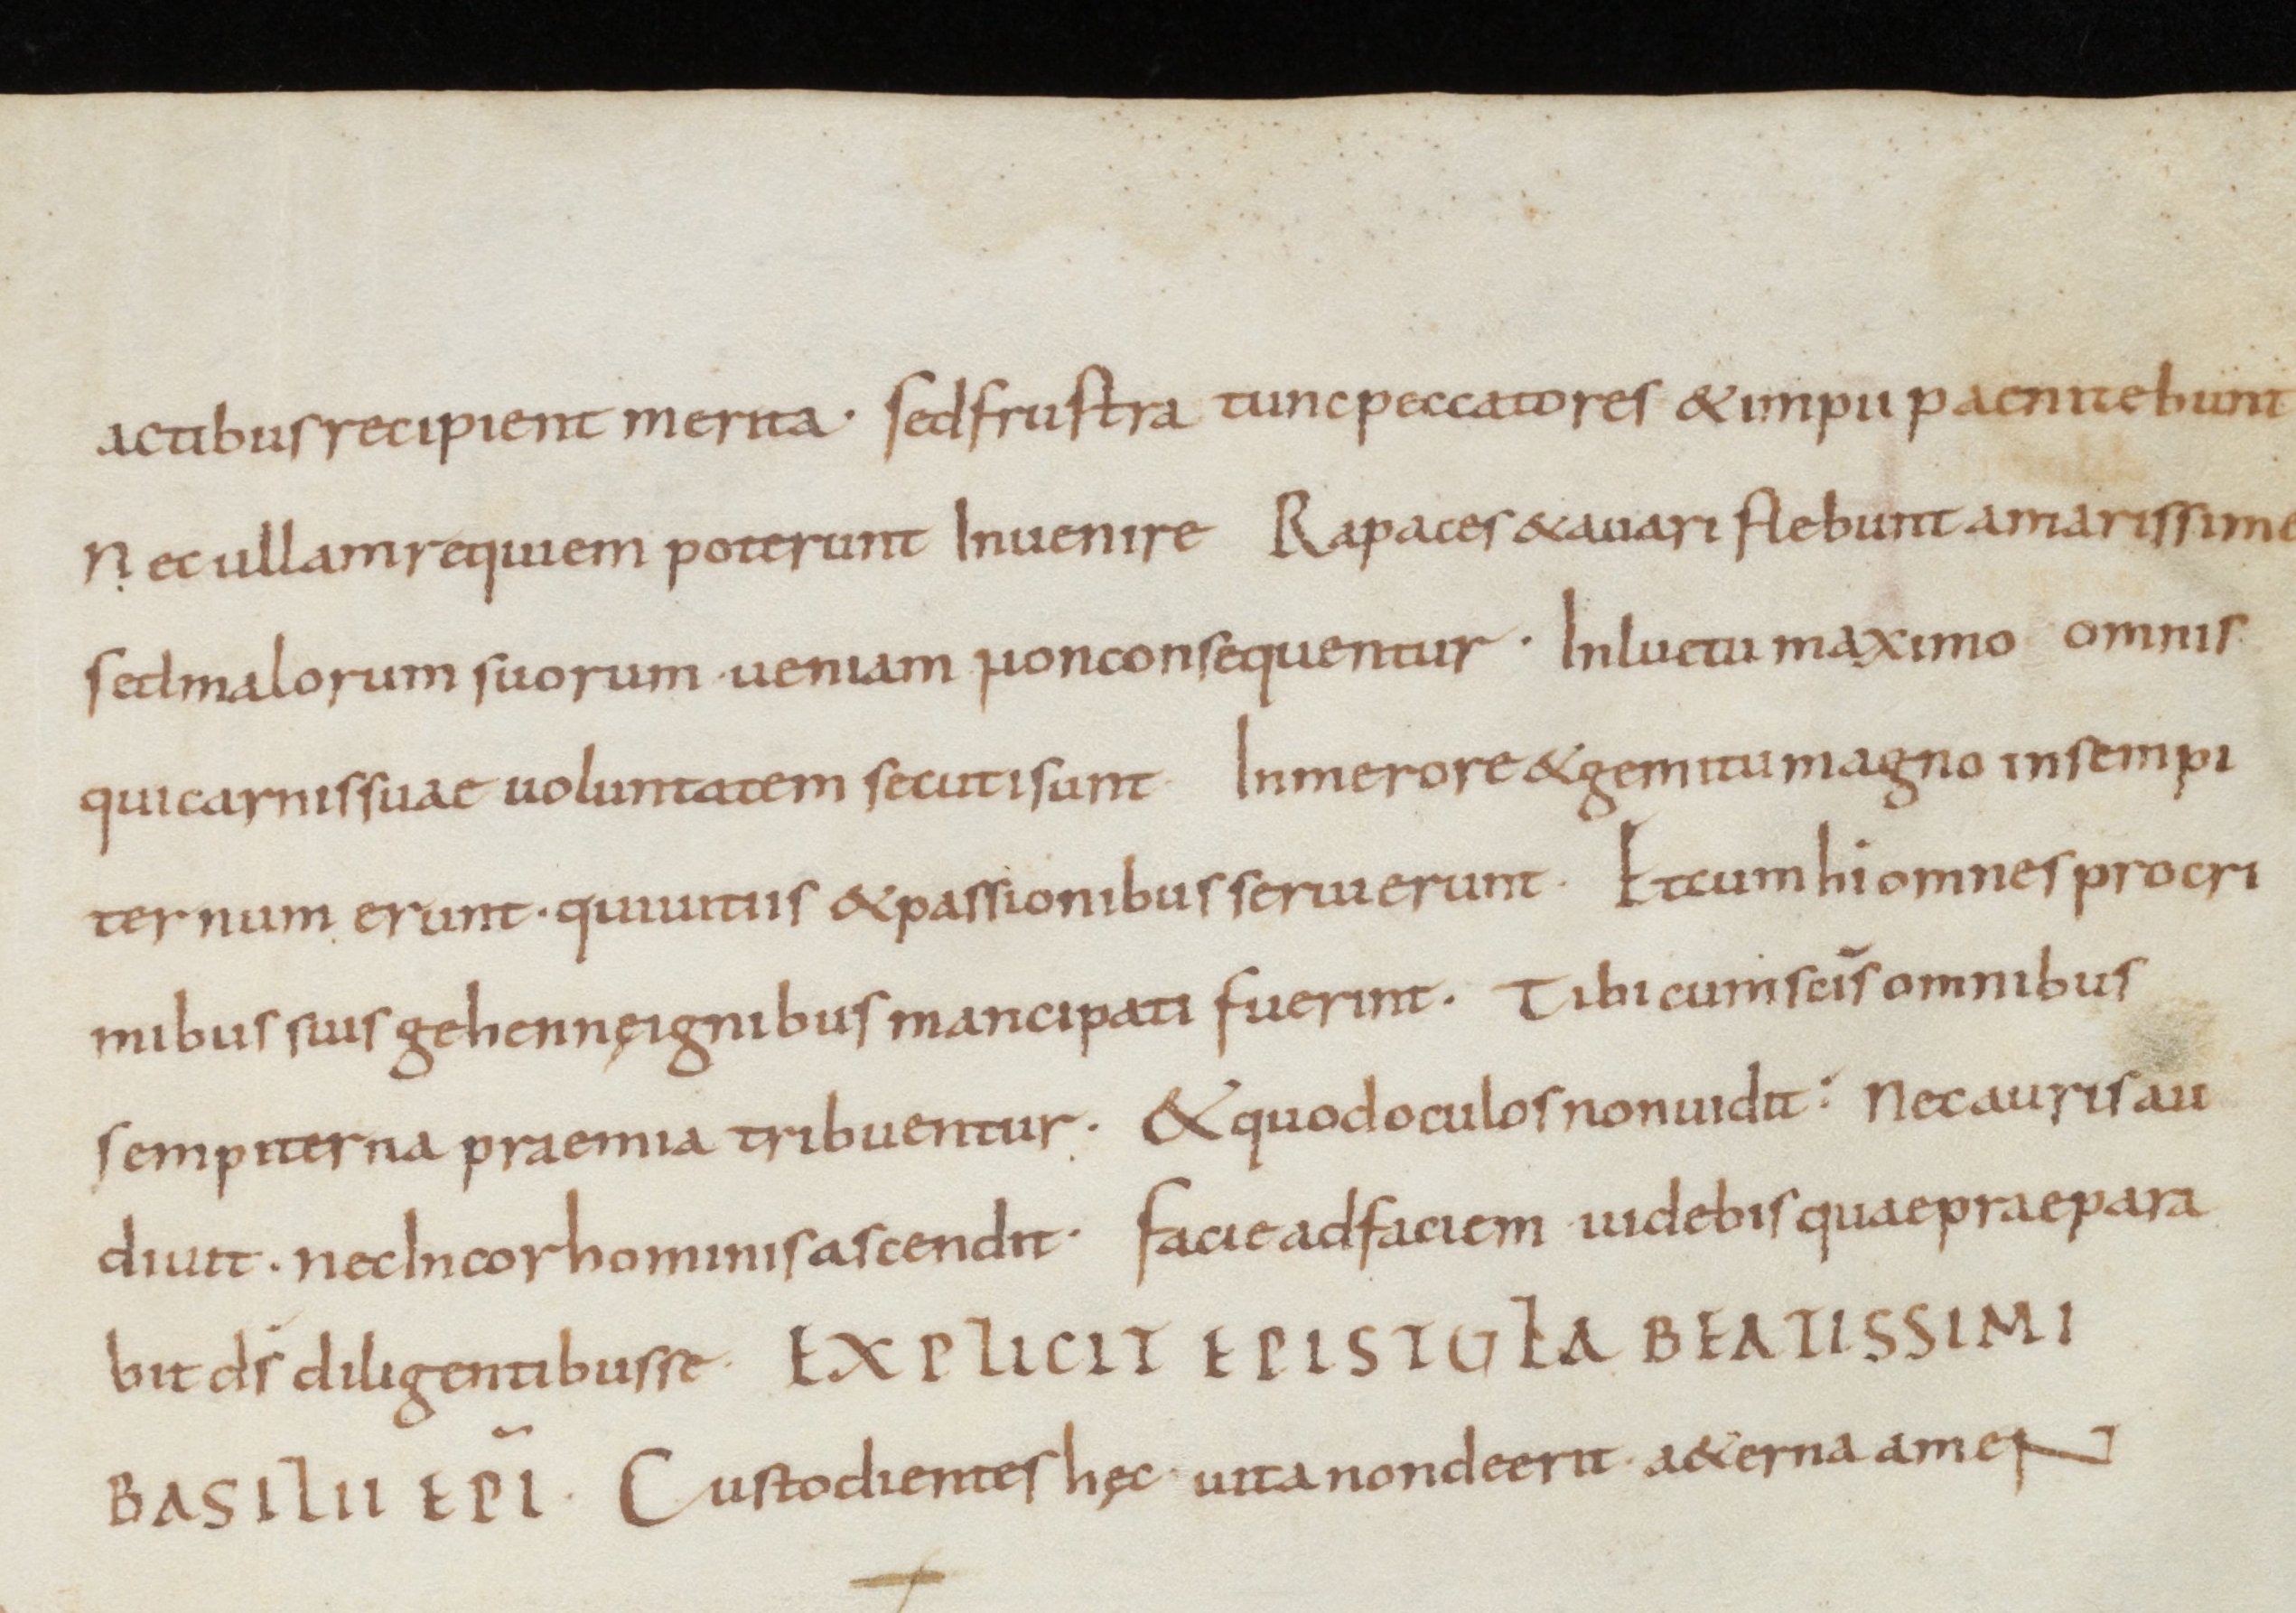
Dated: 800–999